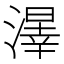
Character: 𱨲